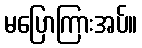
မပြောကြားအပ်။